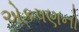
એકપણનો